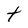
Character: t